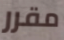
مقرر